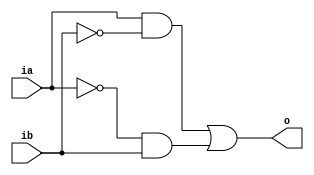
`timescale 1ns/1ns

module my_xor(output o,input ia, input ib);
  
  wire x, y, anot, bnot;
  and(x, ia, bnot);
  and(y, anot, ib);
  not(anot,ia);
  not(bnot,ib);
  or(o,x,y);
  
endmodule